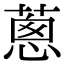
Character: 蔥